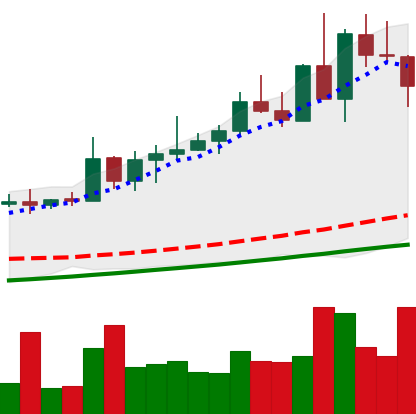
Ticker: NEO-USD
Chart end date: 2020-08-25
Forward return: 20.967%
Label: up_7plus